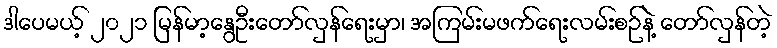
ဒါပေမယ့် ၂၀၂၁ မြန်မာ့နွေဦးတော်လှန်ရေးမှာ၊ အကြမ်းမဖက်ရေးလမ်းစဉ်နဲ့ တော်လှန်တဲ့